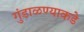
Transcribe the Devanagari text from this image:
गुंडाळण्याकडे